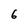
Character: 6